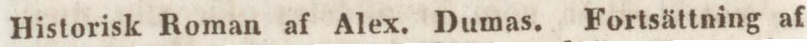
Historisk Roman af Alex. Dumas. Fortsättning af